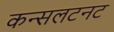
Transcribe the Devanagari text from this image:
कन्सलटनट